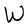
Character: W